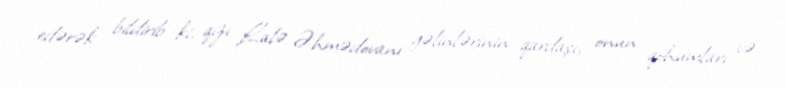
edərək bildirib ki, qızı Lalə Əhmədovanı gəlinlərinin qardaşı, onun qohumları və